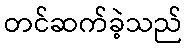
တင်ဆက်ခဲ့သည်